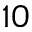
1 0